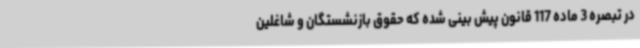
در تبصره 3 ماده 117 قانون پیش بینی شده که حقوق بازنشستگان و شاغلین